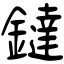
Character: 鐽